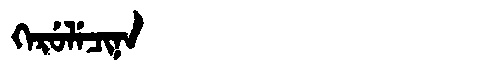
Manchu: ᡴᡝᡵᡠᠯᡝᠴᡳᠨᠠ
Romanization: KERULECINA